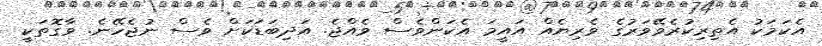
އެކަމަކު އެތިރިކުރެވޭވަރުގެ ވެރިޔެއް އައީމަ އެކަންވެސް ވެއްޖެ. އަދިބަޑަކަށް ވެސް ނުޖެހޭނެ. ވާގޮތަކީ